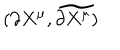
( \partial X ^ { \mu } , \widetilde { \partial X ^ { \mu } ) }